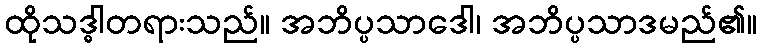
ထိုသဒ္ဓါတရားသည်။ အဘိပ္ပသာဒေါ၊ အဘိပ္ပသာဒမည်၏။